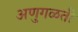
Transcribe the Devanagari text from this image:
अणुगळती